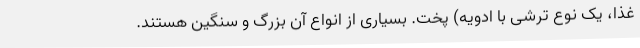
غذا، یک نوع ترشی با ادویه) پخت. بسیاری از انواع آن بزرگ و سنگین هستند.